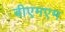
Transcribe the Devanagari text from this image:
बीएमएम